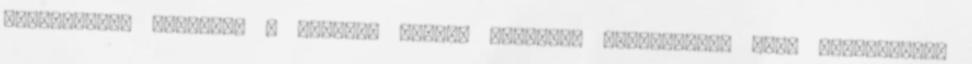
Üzemeltető: Blogger. A FELSZÍN ALATTI VIZEKÉRT ALAPÍTVÁNY. XIX. KONFERENCIA